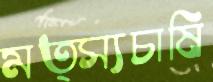
মত্স্যচাষি